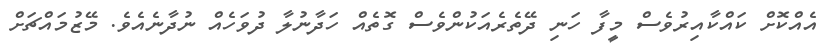
އެއްކޮށް ކައްކާއިރުވެސް މީފާ ހަނި ދޭތެރެއަކުންވެސް ގޮތެއް ހަދާނުލާ ދުވަހެއް ނުދާނެއެވެ. މޭޒުމައްޗަށް